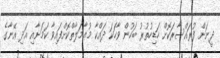
ދީނަށް ފުރައްސާރަކޮށް ހަޑިހުތުރު ބަހުން ވާހަކަ ދައްކާ މުޢާމަލާތްކޮށްފައިވާ ކަމަށާއި އަދި އޭނާގެ